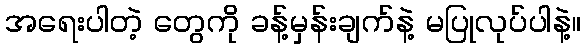
အရေးပါတဲ့ တွေကို ခန့်မှန်းချက်နဲ့ မပြုလုပ်ပါနဲ့။